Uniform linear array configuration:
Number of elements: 32
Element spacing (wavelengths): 0.75
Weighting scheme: hann
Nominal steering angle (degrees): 0
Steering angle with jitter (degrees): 1.602
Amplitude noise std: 0.05
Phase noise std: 0.05

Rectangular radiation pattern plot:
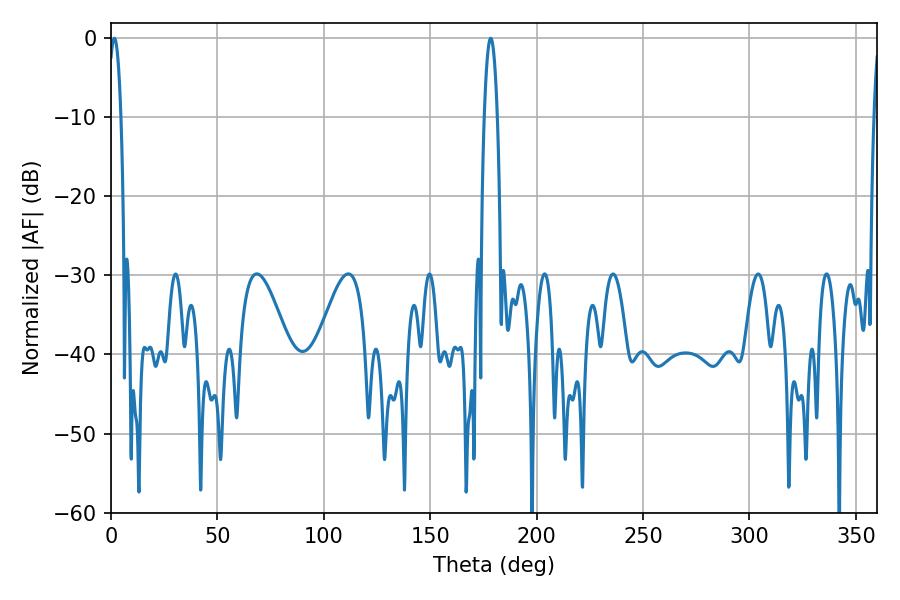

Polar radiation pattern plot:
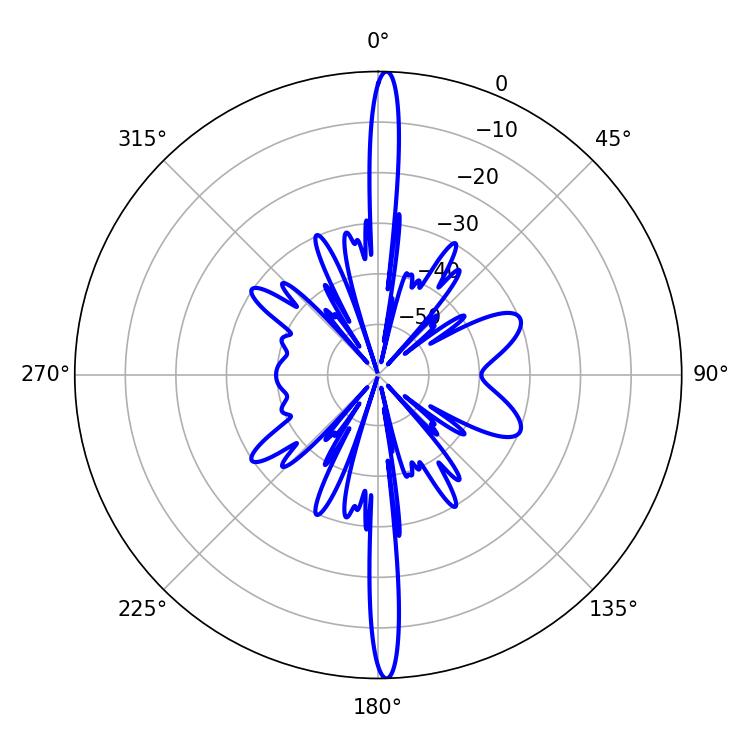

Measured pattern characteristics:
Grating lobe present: TRUE
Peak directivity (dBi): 27.315
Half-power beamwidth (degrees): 3.24
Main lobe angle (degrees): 1.62